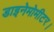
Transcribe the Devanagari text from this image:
डाइनेमोमीटर।